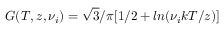
G ( T , z , \nu _ { i } ) = \sqrt 3 / \pi [ 1 / 2 + l n ( \nu _ { i } k T / z ) ]